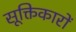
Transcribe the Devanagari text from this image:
सूक्तिकारों